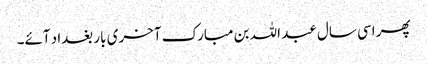
پھر اسی سال عبد اللہ بن مبارک آخری بار بغداد آئے۔